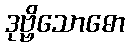
ဒုဗ္ဗိသောဓော